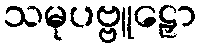
သမုပဗ္ဗူဠှော